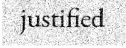
justified